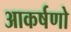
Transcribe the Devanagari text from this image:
आकर्षणो